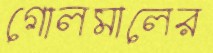
গোলমালের